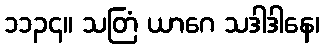
၁၁၃၄။ သတြံ ယာဂေ သဒါဒါနေ၊